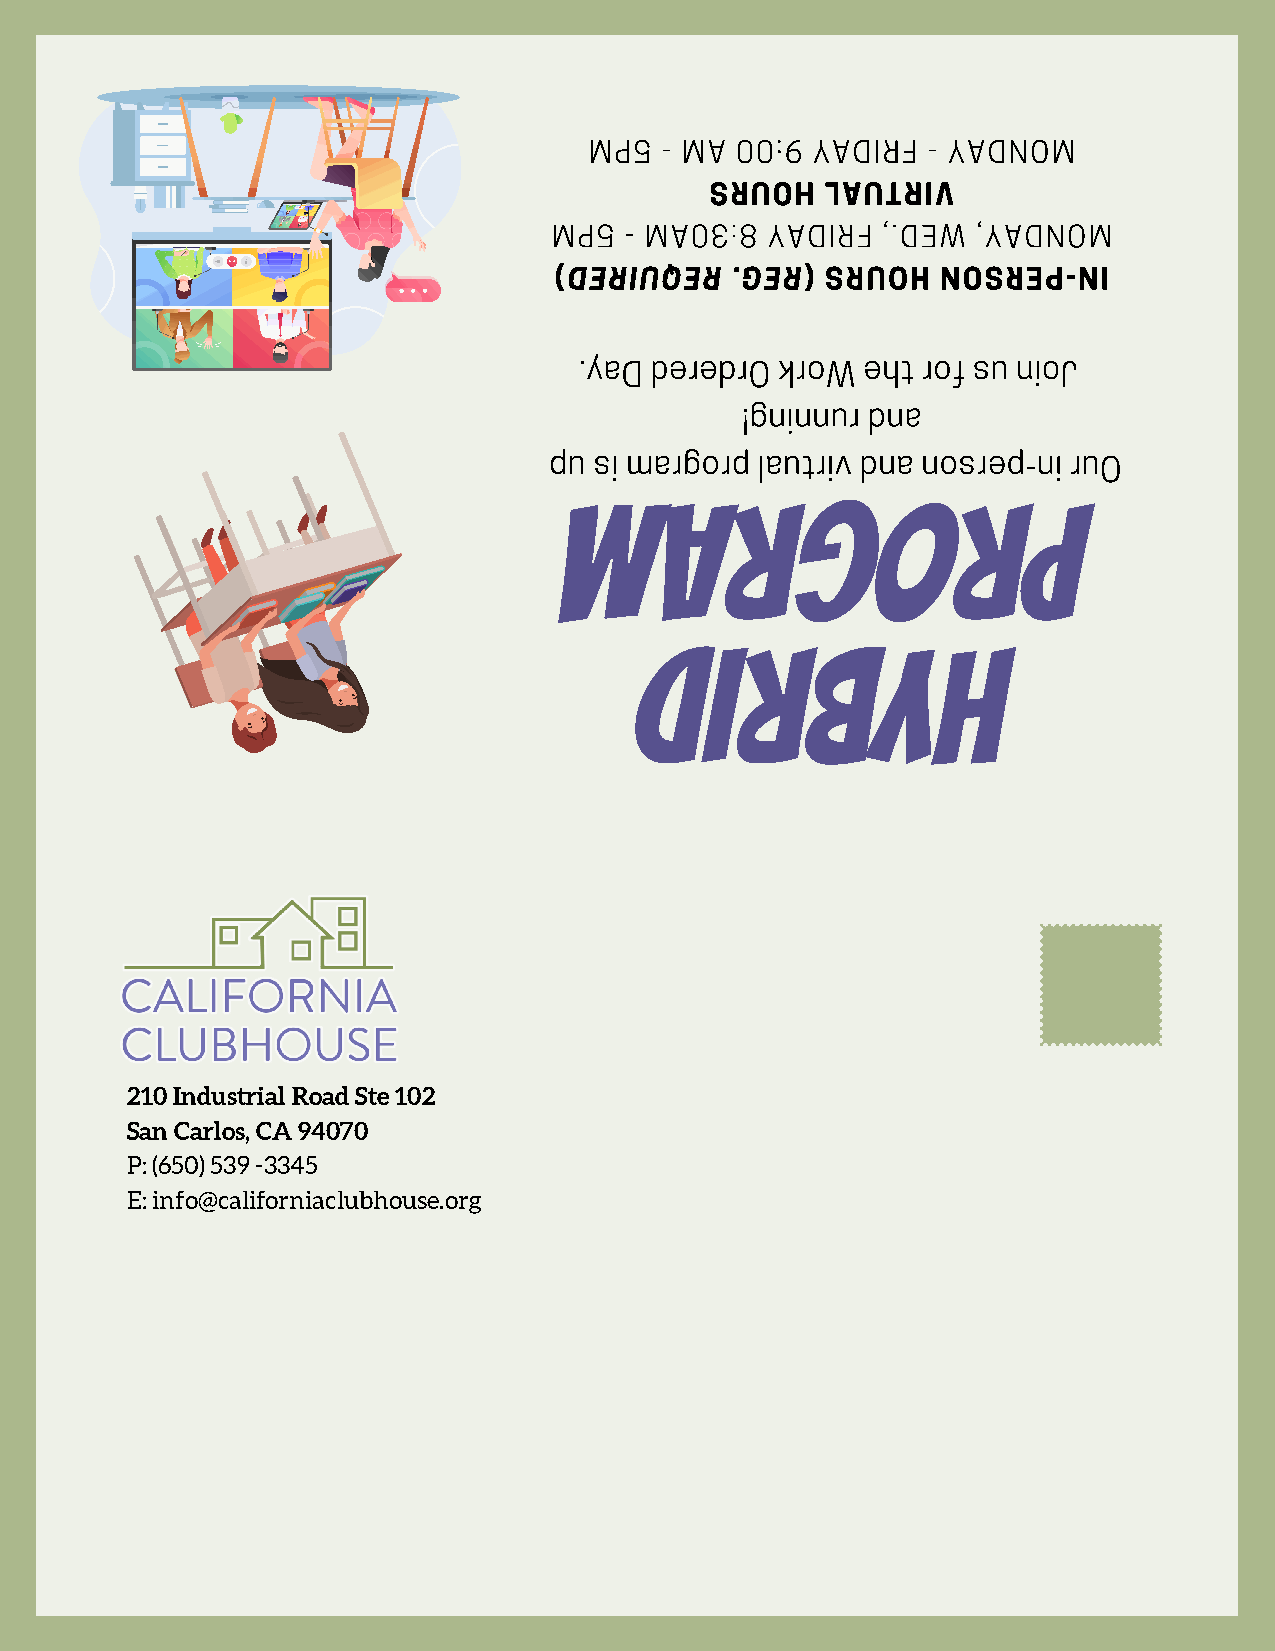
MP5  - MA 00:9 YADIRF - YADNOM
 SRUOH   LAUTRIV
 MP5 - MA03:8  YADIRF ,.DEW  ,YADNOM
 )DERIUQER  .GER(  SRUOH  NOSREP-NI
 .yaD deredrO  kroW eht rof su nioJ
 !gninnur dna
 pu si margorp lautriv dna nosrep-ni ruO
 margorP
 dirbyH
 210 Industrial Road Ste 102
 San Carlos, CA 94070
 P: (650) 539 -3345
 E: info@californiaclubhouse.org